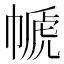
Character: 㡗